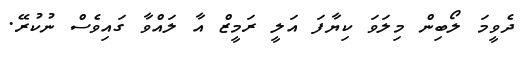
ދެވީމަ ލޯބިން މިލަވަ ކިޔާފަ އަލީ ރަމީޒް އާ ލައްވާ ގައިވެސް ނުކުރޭ.